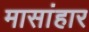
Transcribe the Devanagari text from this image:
मासांहार